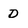
Character: D